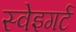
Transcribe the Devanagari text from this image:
स्वेइगर्ट